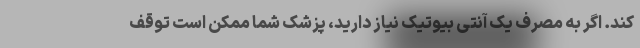
کند. اگر به مصرف یک آنتی بیوتیک نیاز دارید، پزشک شما ممکن است توقف